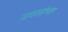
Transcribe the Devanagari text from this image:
नगरसंभल